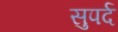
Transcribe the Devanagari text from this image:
सुपर्द